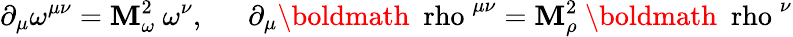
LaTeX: \partial_{\mu}\omega^{\mu\nu}=\mathbf{M}_{\omega}^{2}~\omega^{\nu},~~~~~~\partial_{\mu}\mathrm{{\boldmath~\ rho~}}^{\mu\nu}=\mathbf{M}_{\rho}^{2}~\mathrm{{\boldmath~\ rho~}}^{\nu}